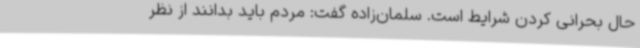
حال بحرانی کردن شرایط است. سلمان‌زاده گفت: مردم باید بدانند از نظر